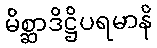
မိစ္ဆာဒိဋ္ဌိပရမာနိ